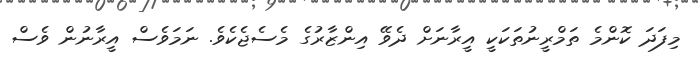
މިފަދަ ކޮންމެ ތަމްރީނުތަކަކީ އީރާނަށް ދެވޭ އިންޒާރުގެ މެސެޖެކެވެ. ނަމަވެސް އީރާނުން ވެސް